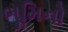
ભૂમિનો